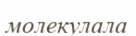
молекулала